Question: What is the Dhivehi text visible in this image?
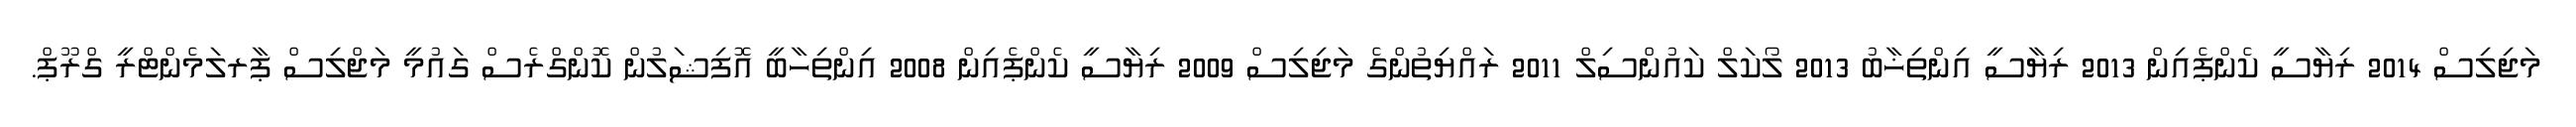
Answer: މަޖިލިސް 2014 ރިޔާސީ ކެންޕެއިން 2013 ރިޔާސީ އިންތިޚާބު 2013 ލޯކަލް ކައުންސިލް 2011 ރައްޔިތުންގެ މަޖިލިސް 2009 ރިޔާސީ ކެންޕެއިން 2008 އިންތިހާބީ އޮފިޝަލުން ކޮންގްރެސް ގައުމީ މަޖްލިސް ޕާރލަމެންޓްރީ ގްރޫޕް.